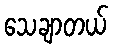
သေချာတယ်